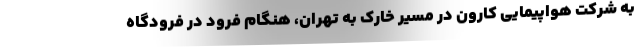
به شرکت هواپیمایی کارون در مسیر خارک به تهران، هنگام فرود در فرودگاه